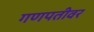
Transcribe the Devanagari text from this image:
गणपतीवर